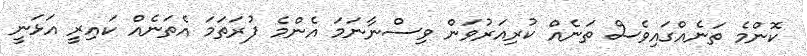
ކޮންމެ ތަނެއްގައިވެސް ތަނެއް ކުރިއަރުވަން ވިސްނާނަމަ އެންމެ ފުރަތަމަ އެތަނެއް ކައިރީ އަޅަނީ